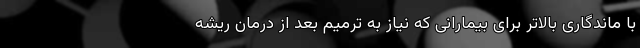
با ماندگاری بالاتر برای بیمارانی که نیاز به ترمیم بعد از درمان ریشه